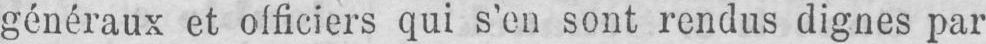
généraux et officiers qui s’en sont rendus dignes par